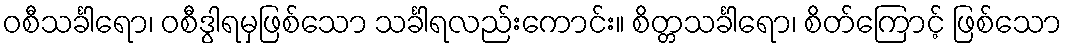
ဝစီသင်္ခါရော၊ ဝစီဒွါရမှဖြစ်သော သင်္ခါရလည်းကောင်း။ စိတ္တသင်္ခါရော၊ စိတ်ကြောင့် ဖြစ်သော